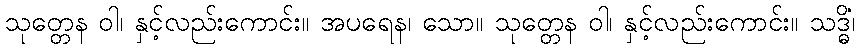
သုတ္တေန ဝါ၊ နှင့်လည်းကောင်း။ အပရေန၊ သော။ သုတ္တေန ဝါ၊ နှင့်လည်းကောင်း။ သဒ္ဓိံ၊